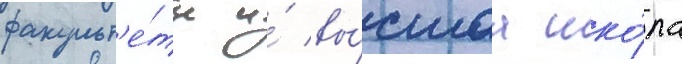
факульт'е́ты и́ вы́сшаа шко́ла